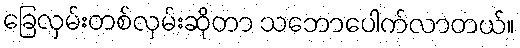
ခြေလှမ်းတစ်လှမ်းဆိုတာ သဘောပေါက်လာတယ်။